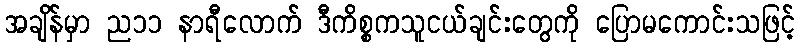
အချိန်မှာ ည၁၁ နာရီလောက် ဒီကိစ္စကသူငယ်ချင်းတွေကို ပြောမကောင်းသဖြင့်